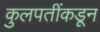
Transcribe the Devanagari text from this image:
कुलपतींकडून